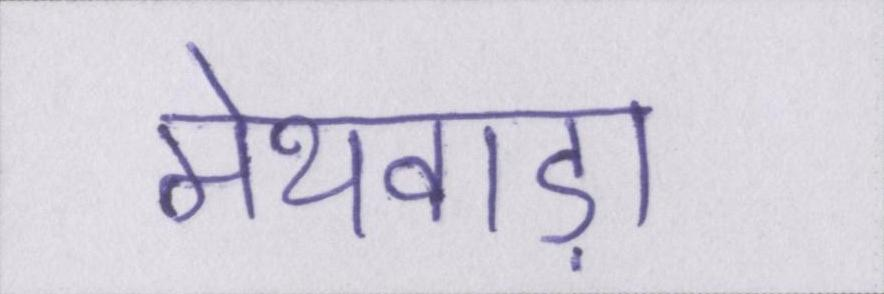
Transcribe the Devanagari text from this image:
मेथवाड़ा